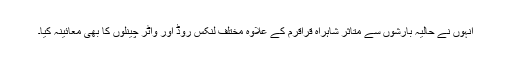
انہوں نے حالیہ بارشوں سے متاثر شاہراہ قراقرم کے علاوہ مختلف لنکس روڈ اور واٹر چینلوں کا بھی معائینہ کیا۔